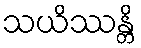
သယိဿန္တိ